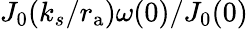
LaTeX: J_{0}(k_{s}/{r_{\mathrm{a}}})\omega(0)/J_{0}(0)